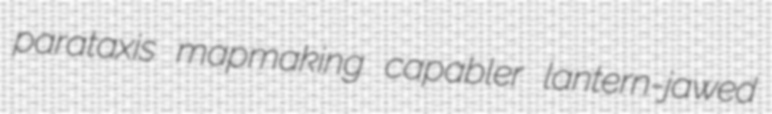
parataxis mapmaking capabler lantern-jawed